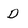
Character: D